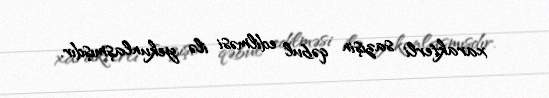
xarakterli sazişin qəbul edilməsi ilə yekunlaşmışdır.